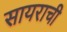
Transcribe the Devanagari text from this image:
सायराची